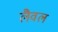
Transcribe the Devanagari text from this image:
लैवल